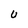
Character: U